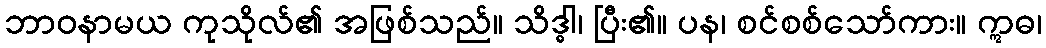
ဘာဝနာမယ ကုသိုလ်၏ အဖြစ်သည်။ သိဒ္ဓါ၊ ပြီး၏။ ပန၊ စင်စစ်သော်ကား။ ဣဓ၊